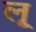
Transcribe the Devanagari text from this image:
लृ्